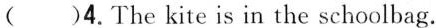
()4.The kite is in the schoolbag.